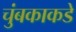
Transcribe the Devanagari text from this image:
चुंबकाकडे